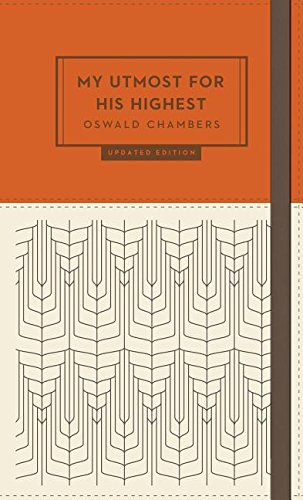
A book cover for My Utmost for His Highest for the Millennial: Updated Edition; Oswald Chambers; Religion & Spirituality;